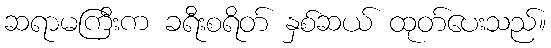
ဆရာမကြီးက ခရီးစရိတ် နှစ်ဆယ် ထုတ်ပေးသည်။